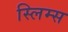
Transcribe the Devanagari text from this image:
स्लिम्स